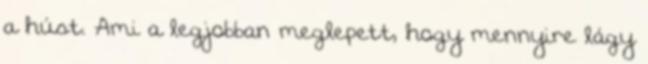
a húst. Ami a legjobban meglepett, hogy mennyire lágy